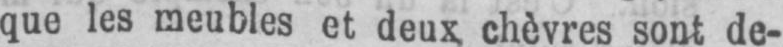
que les meubles et deux chèvres sont de-